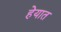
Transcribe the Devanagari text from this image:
हेयात